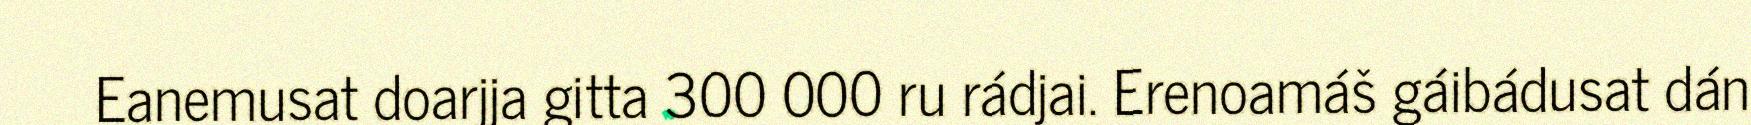
Eanemusat doarjja gitta 300 000 ru rádjai. Erenoamáš gáibádusat dán